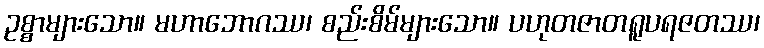
ဥစ္စာများသော။ မဟာဘောဂဿ၊ စည်းစိမ်များသော။ ပဟုတဇာတရူပရဇတဿ၊